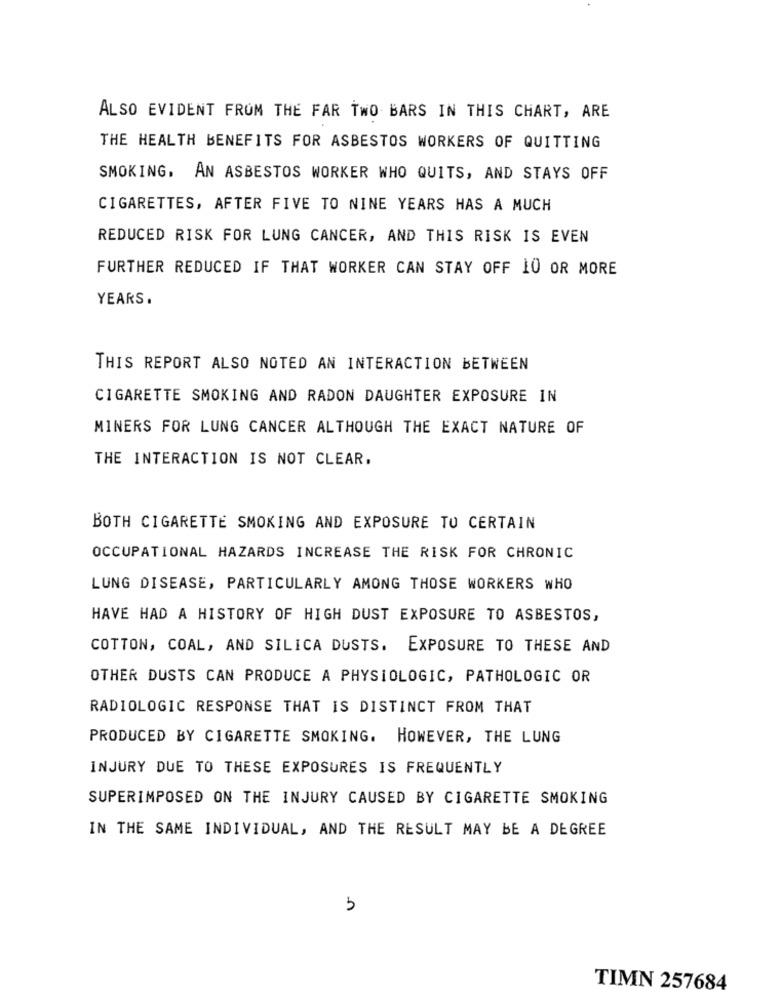
ALSO EVIDENT FROM THE FAR TWO BARS IN THIS CHART, ARE
THE HEALTH BENEFITS FOR ASBESTOS WORKERS OF QUITTING
SMOKING. AN ASBESTOS WORKER WHO QUITS, AND STAYS OFF
CIGARETTES, AFTER FIVE TO NINE YEARS HAS A MUCH
REDUCED RISK FOR LUNG CANCER, AND THIS RISK IS EVEN
FURTHER REDUCED IF THAT WORKER CAN STAY OFF 10 OR MORE
YEARS.
THIS REPORT ALSO NOTED AN INTERACTION BETWEEN
CIGARETTE SMOKING AND RADON DAUGHTER EXPOSURE IN
MINERS FOR LUNG CANCER ALTHOUGH THE EXACT NATURE OF
THE INTERACTION IS NOT CLEAR.
BOTH CIGARETTE SMOKING AND EXPOSURE TO CERTAIN
OCCUPATIONAL HAZARDS INCREASE THE RISK FOR CHRONIC
LUNG DISEASE, PARTICULARLY AMONG THOSE WORKERS WHO
HAVE HAD A HISTORY OF HIGH DUST EXPOSURE TO ASBESTOS,
COTTON, COAL, AND SILICA DUSTS. EXPOSURE TO THESE AND
OTHER DUSTS CAN PRODUCE A PHYSIOLOGIC, PATHOLOGIC OR
RADIOLOGIC RESPONSE THAT IS DISTINCT FROM THAT
PRODUCED BY CIGARETTE SMOKING. HOWEVER, THE LUNG
INJURY DUE TO THESE EXPOSURES IS FREQUENTLY
SUPERIMPOSED ON THE INJURY CAUSED BY CIGARETTE SMOKING
IN THE SAME INDIVIDUAL, AND THE RESULT MAY BE A DEGREE
3
TIMN 257684